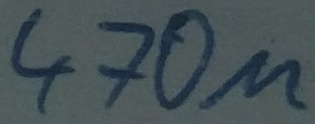
Text: 470µ